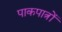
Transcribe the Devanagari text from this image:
पाकपात्रों